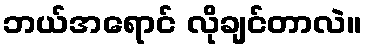
ဘယ်အရောင် လိုချင်တာလဲ။